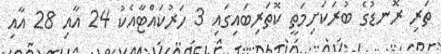
ތަރި ރޮނޑުގެ ބުރަކަށިމަތީ ކޮތަރިބައިގައި 3 ހަރުކައްޓާއެކު 24 އާއި 28 އާއި